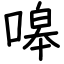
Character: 嗥